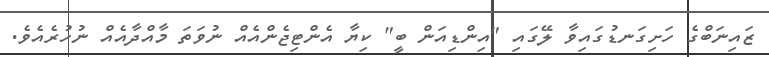
ޒައިނަބްގެ ހަށިގަނޑުގައިވާ ލޭގައި "އިންޑިއަން ބީ" ކިޔާ އެންޓިޖެންއެއް ނުވަތަ މާއްދާއެއް ނުހުރެއެވެ.